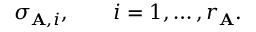
\sigma _ { \mathbf { A } , i } , \qquad i = 1 , \ldots , r _ { \mathbf { A } } .